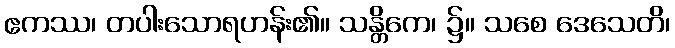
ဧကဿ၊ တပါးသောရဟန်း၏။ သန္တိကေ၊ ၌။ သစေ ဒေသေတိ၊